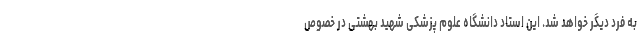
به فرد دیگر خواهد شد. این استاد دانشگاه علوم پزشکی شهید بهشتی در خصوص